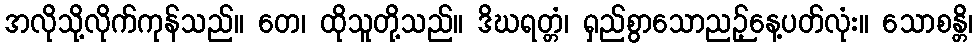
အလိုသို့လိုက်ကုန်သည်။ တေ၊ ထိုသူတို့သည်။ ဒိဃရတ္တံ၊ ရှည်စွာသောညဉ့်နေ့ပတ်လုံး။ သောစန္တိ၊